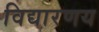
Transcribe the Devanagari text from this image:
विद्यारणय